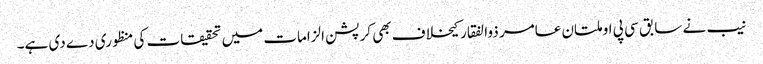
نیب نے سابق سی پی او ملتان عامر ذوالفقار کیخلاف بھی کرپشن الزامات میں تحقیقات کی منظوری دے دی ہے۔